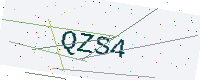
Text: QZS4